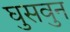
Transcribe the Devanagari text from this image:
घुसवुन